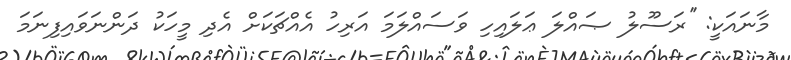
މާނައަކީ: ''ރަސޫލު ޞައްލަ ޢަލައިހި ވަސައްލަމަ އަރިހު އެއްޗަކަށް އެދި މީހަކު ދަންނަވައިފިނަމަ